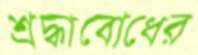
শ্রদ্ধাবোধের